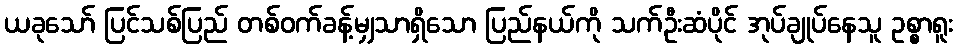
ယခုသော် ပြင်သစ်ပြည် တစ်ဝက်ခန့်မျှသာရှိသော ပြည်နယ်ကို သက်ဦးဆံပိုင် အုပ်ချုပ်နေသူ ဥစ္စာရူး